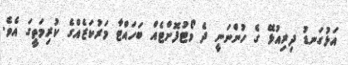
އަޅުގަނޑު ދިރިއުޅޭ ގެ ހުންނަނީ ދެ ވޯޓުފޮށްޓެއް ބަހައްޓާ މަރުކަޒެއްގެ ކުރިމަތީގަ އެވެ.